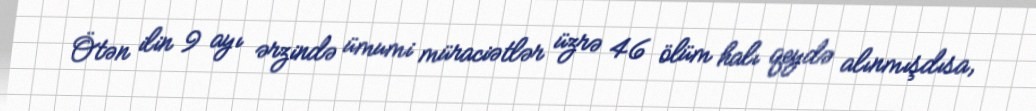
Ötən ilin 9 ayı ərzində ümumi müraciətlər üzrə 46 ölüm halı qeydə alınmışdısa,